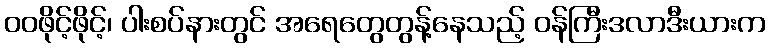
ဝဝဖိုင့်ဖိုင့်၊ ပါးစပ်နားတွင် အရေတွေတွန့်နေသည့် ဝန်ကြီးဒလာဒီးယားက